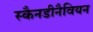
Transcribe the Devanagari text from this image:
स्कैनडीनैवियन